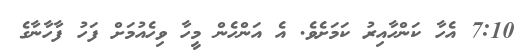
7:10 އެހާ ކަންހާއިރު ކަމަށެވެ. އެ އަންހެން މީހާ ވިހެއުމަށް ފަހު ފާހާނާގެ